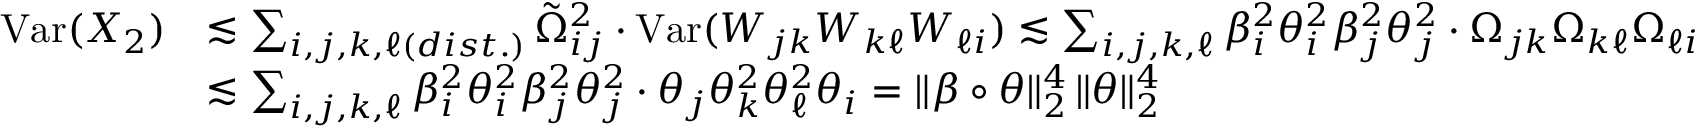
\begin{array} { r l } { \mathrm { V a r } ( X _ { 2 } ) } & { \lesssim \sum _ { i , j , k , \ell ( d i s t . ) } \tilde { \Omega } _ { i j } ^ { 2 } \cdot \mathrm { V a r } ( W _ { j k } W _ { k \ell } W _ { \ell i } ) \lesssim \sum _ { i , j , k , \ell } \beta _ { i } ^ { 2 } \theta _ { i } ^ { 2 } \beta _ { j } ^ { 2 } \theta _ { j } ^ { 2 } \cdot \Omega _ { j k } \Omega _ { k \ell } \Omega _ { \ell i } } \\ & { \lesssim \sum _ { i , j , k , \ell } \beta _ { i } ^ { 2 } \theta _ { i } ^ { 2 } \beta _ { j } ^ { 2 } \theta _ { j } ^ { 2 } \cdot \theta _ { j } \theta _ { k } ^ { 2 } \theta _ { \ell } ^ { 2 } \theta _ { i } = \| \beta \circ \theta \| _ { 2 } ^ { 4 } \, \| \theta \| _ { 2 } ^ { 4 } } \end{array}